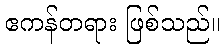
ဧကန်တရား ဖြစ်သည်။